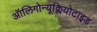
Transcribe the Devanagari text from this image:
ऑलिगोन्यूक्लियोटाइड